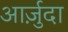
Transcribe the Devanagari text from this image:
आर्ज़ुदा